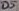
Text: D5